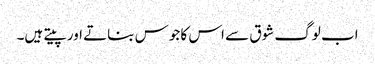
اب لوگ شوق سے اس کا جوس بناتے اور پیتے ہیں۔